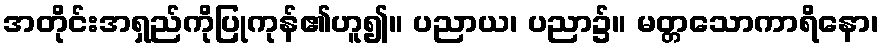
အတိုင်းအရှည်ကိုပြုကုန်၏ဟူ၍။ ပညာယ၊ ပညာ၌။ မတ္တသောကာရိနော၊